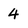
Character: 4